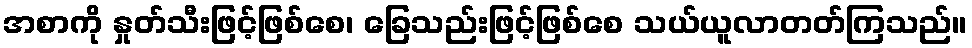
အစာကို နှုတ်သီးဖြင့်ဖြစ်စေ၊ ခြေသည်းဖြင့်ဖြစ်စေ သယ်ယူလာတတ်ကြသည်။